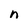
Character: n